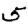
Digit: 5